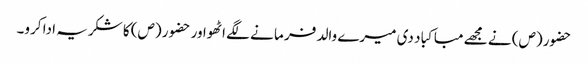
حضور (ص) نے مجھے مبا کبا د دی میرے والد فر ما نے لگے اٹھواور حضو ر (ص) کا شکریہ ادا کرو۔